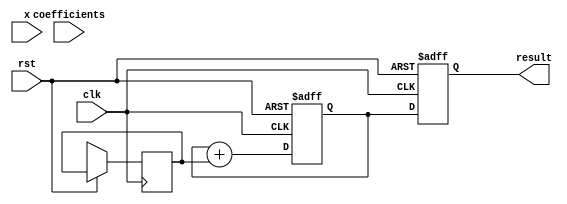
module CORDIC_Polynomial_Evaluator #(
    parameter COEFF_WIDTH = 16, // Width of coefficient and input x
    parameter DEGREE = 4         // Degree of the polynomial
)(
    input wire clk,
    input wire rst,
    input wire [COEFF_WIDTH-1:0] x, // Input value
    input wire [DEGREE*COEFF_WIDTH-1:0] coefficients, // Coefficients of the polynomial
    output reg [COEFF_WIDTH-1:0] result // Evaluated polynomial value
);

    // Internal signals
    reg [COEFF_WIDTH-1:0] x_powers[0:DEGREE]; // Powers of x
    reg [COEFF_WIDTH-1:0] products[0:DEGREE]; // Products of coefficients and powers of x
    reg [COEFF_WIDTH-1:0] sum; // Accumulated sum
    integer i;

    // Compute powers of x using iterative squaring
    always @(posedge clk or posedge rst) begin
        if (rst) begin
            x_powers[0] <= 1; // x^0 = 1
            for (i = 1; i <= DEGREE; i = i + 1) begin
                x_powers[i] <= 0; // Initialize
            end
            sum <= 0;
            result <= 0;
        end else begin
            // Calculate powers of x
            x_powers[1] <= x; // x^1
            for (i = 2; i <= DEGREE; i = i + 1) begin
                x_powers[i] <= x_powers[i-1] * x; // x^i = x^(i-1) * x
            end
            
            // Compute products of coefficients and powers of x
            for (i = 0; i <= DEGREE; i = i + 1) begin
                products[i] <= coefficients[(i+1)*COEFF_WIDTH-1:i*COEFF_WIDTH] * x_powers[i];
            end
            
            // Accumulate the results
            sum <= 0;
            for (i = 0; i <= DEGREE; i = i + 1) begin
                sum <= sum + products[i];
            end
            
            result <= sum; // Assign final result
        end
    end

endmodule